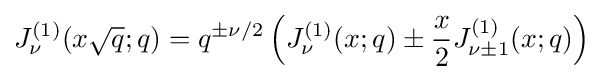
J_{\nu }^{(1)}(x{\sqrt {q}};q)=q^{\pm \nu /2}\left(J_{\nu }^{(1)}(x;q)\pm {\frac {x}{2}}J_{\nu \pm 1}^{(1)}(x;q)\right)